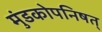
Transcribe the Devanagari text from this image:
मुंडकोपनिषत्